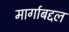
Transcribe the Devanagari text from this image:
मार्गाबद्दल